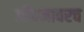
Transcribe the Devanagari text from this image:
जीवनावरच